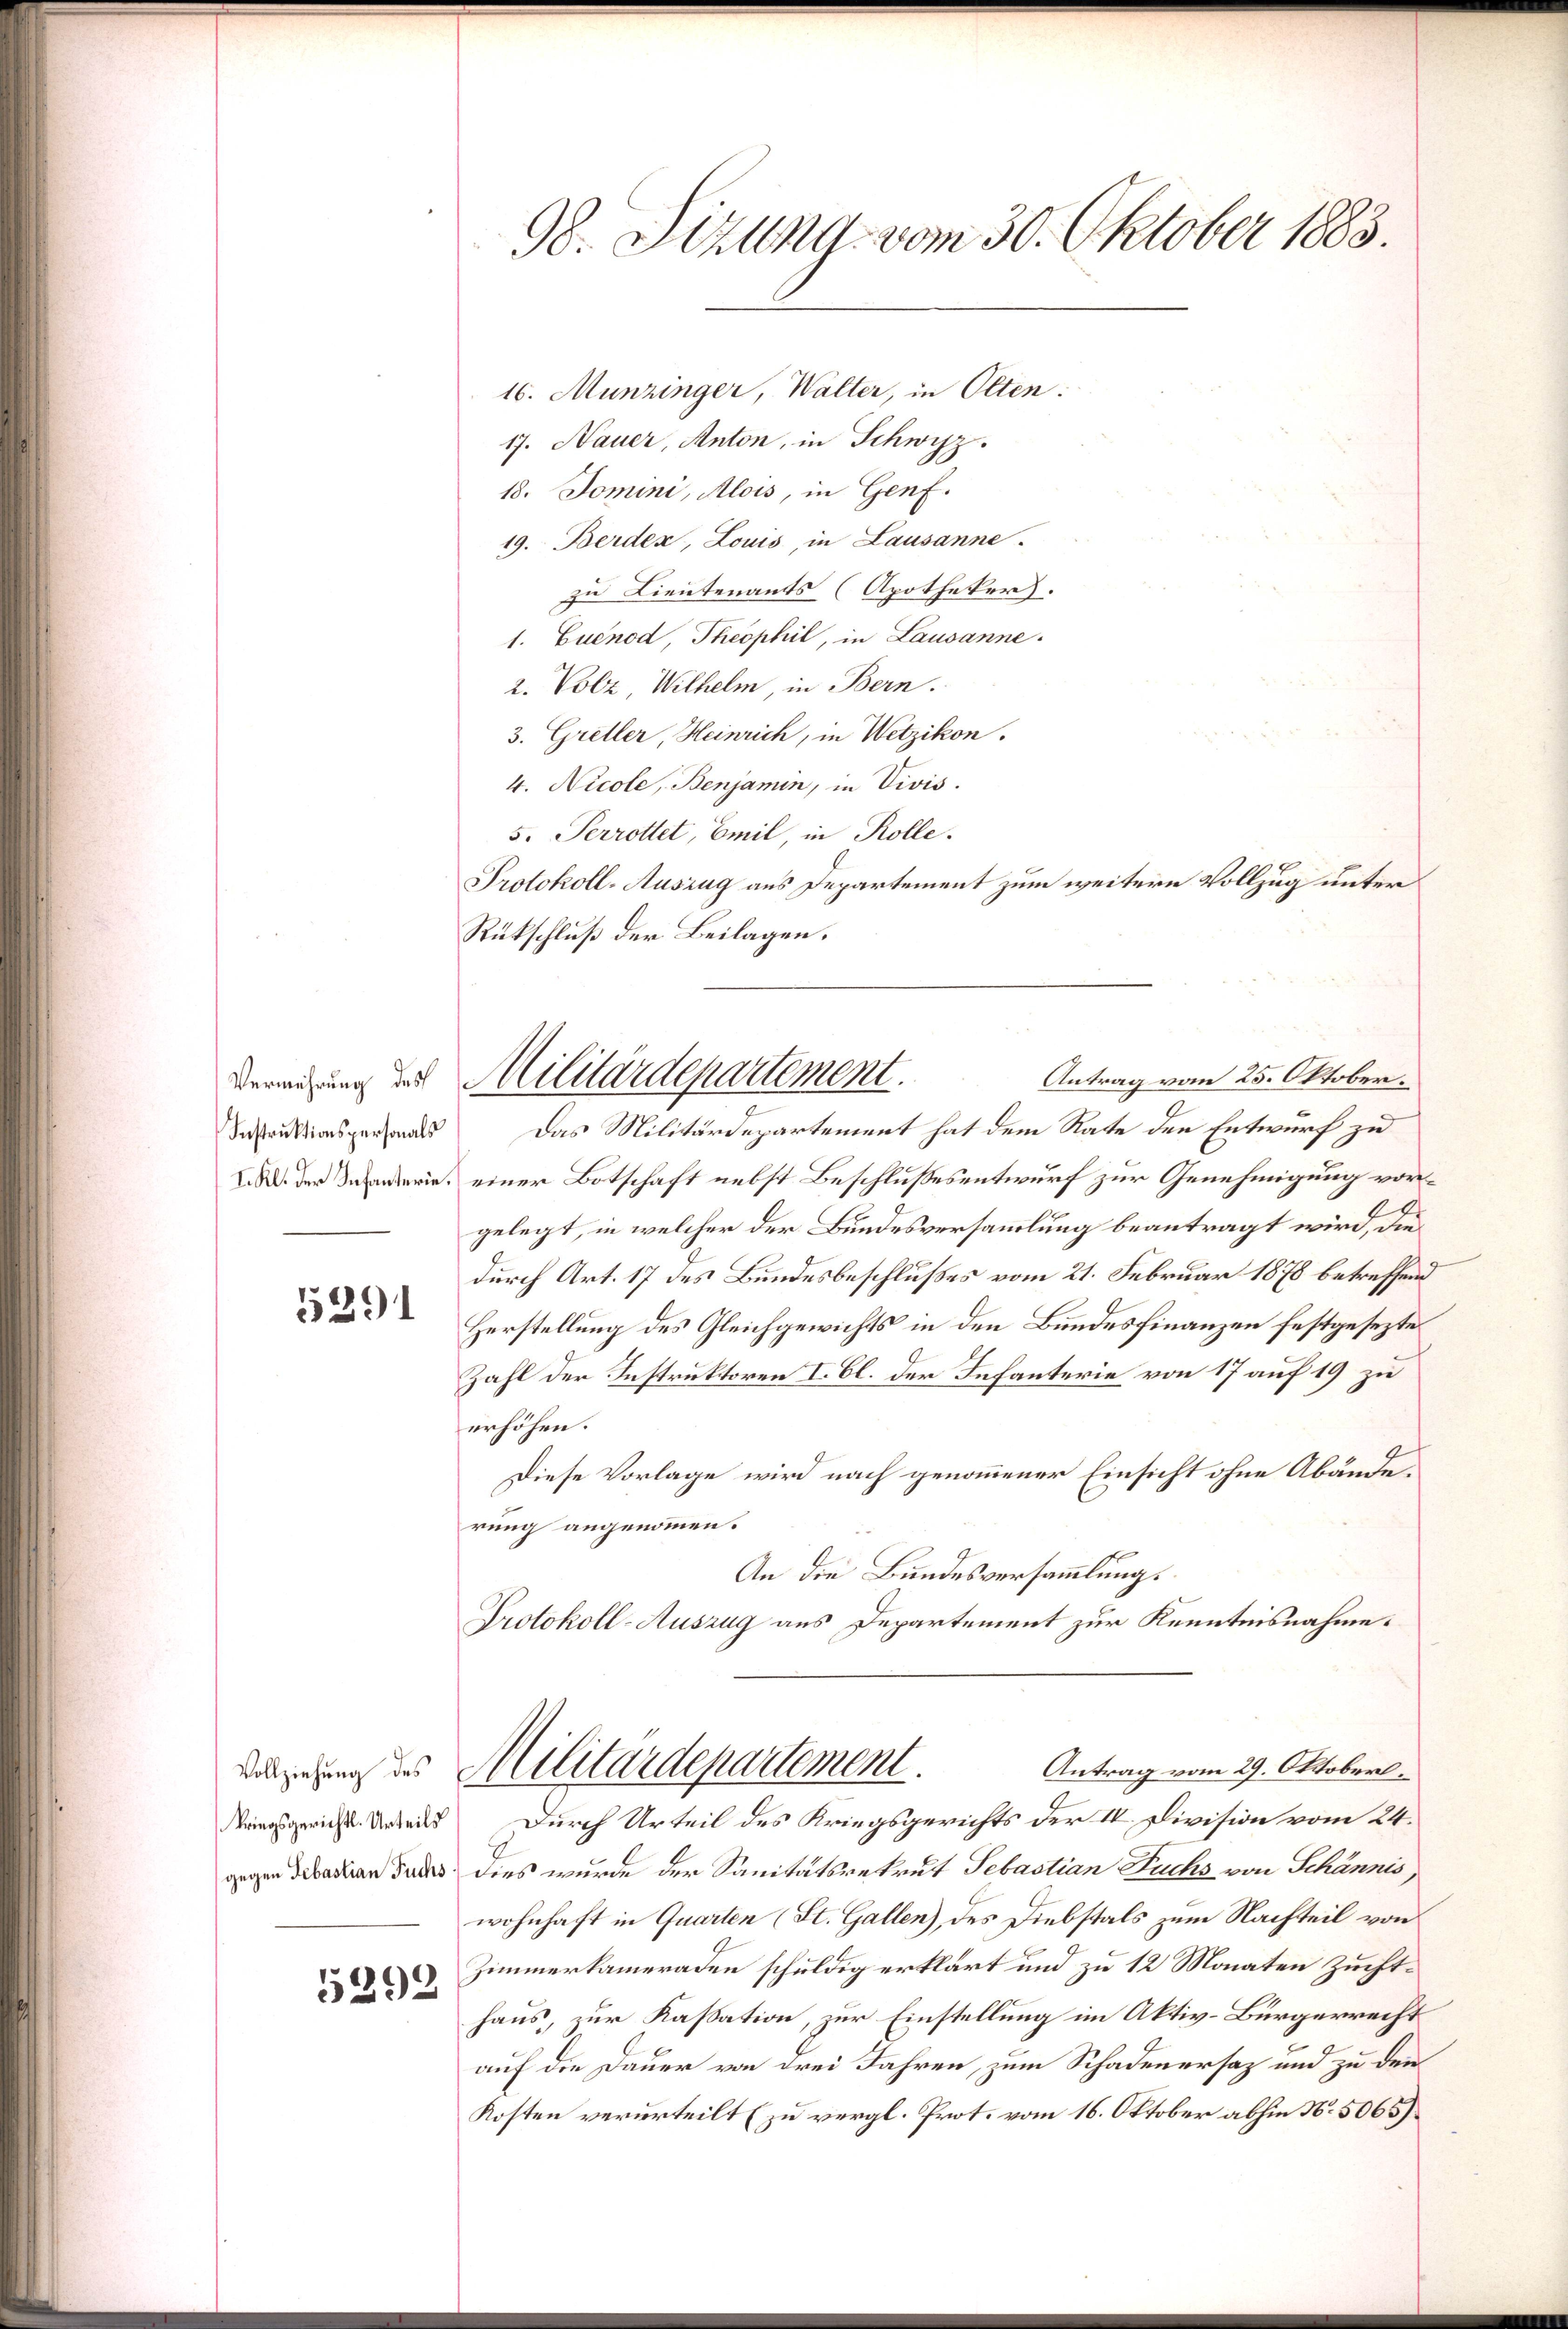
Vermehrung des
Instruktionspersonals
I. Kl. der Infanterie.

5291

kriegsgericht. Urteils

5292

98. Sizung vom 30. Oktober 1883.

16. Munzinger, Walter, in Olten:
17. Nauer, Anton, in Schwyz.
18. Domini, Alois, in Genf.
19. Berden, Louis, in Lausanne.
zu Lieutenants (Apotheker.
1. Euenod, Theophil, in Lausanne.
2. Volz, Wilhelm, in Bern.
3. Greller, Heinrich, in Wetzikon.
4. Nicole, Benjamin, in Vivis.
5. Perrottet, Emil, in Rolle.
Protokoll-Auszug aus Departement zum weitere Vollzug unter
Rückschluß der Beilagen.

Antrag vom 25. Oktober.
Militärdepartement.

Das Militärdepartement hat dem Rate den Entwurf zu
einer Botschaft nebst Beschlußesentwurf zur Genehmigung vorgelegt, in welcher der Bundesversammlung beantragt wird, die
durch Art. 17 des Bundesbeschlußes vom 21. Februar 1878 betreffend
Herstellung des Gleichgewichts in den Bundesfinanzen festgesezte
Zahl der Instruktoren I. Cl. der Infanterie von 17 auf 19 zu
erhöhen.
Diese Vorlage wird nach genommener Einsicht ohne Abänderung angenommen.
An die Bundesversammlung.
Protokoll-Auszug aus Departement zur Kenntnisnahme.
Antrag vom 29. Oktoberl.
dirung des Militärdepartement.
Durch Urteil des Kriegsgerichts der IV. Division vom 24.
gegen Sebastian Fuchs dies wurde der Sanitätsrekrut Sebastian Fuchs von Schännis,
wohnhaft in Quarten (St. Gallen), des Diebstals zum Nachteil von
Zimmerkameraden schuldig erklärt und zu 12 Monaten Zuchthaus, zur Kassation, zur Einstellung im Aktiv-Bürgerrecht
auf die Dauer von drei Jahren, zum Schadenersaz und zu den
Kosten verurteilt (zu vergl. Prot. vom 16. Oktober abhin N. 5065)